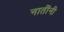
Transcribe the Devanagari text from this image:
नातींनी